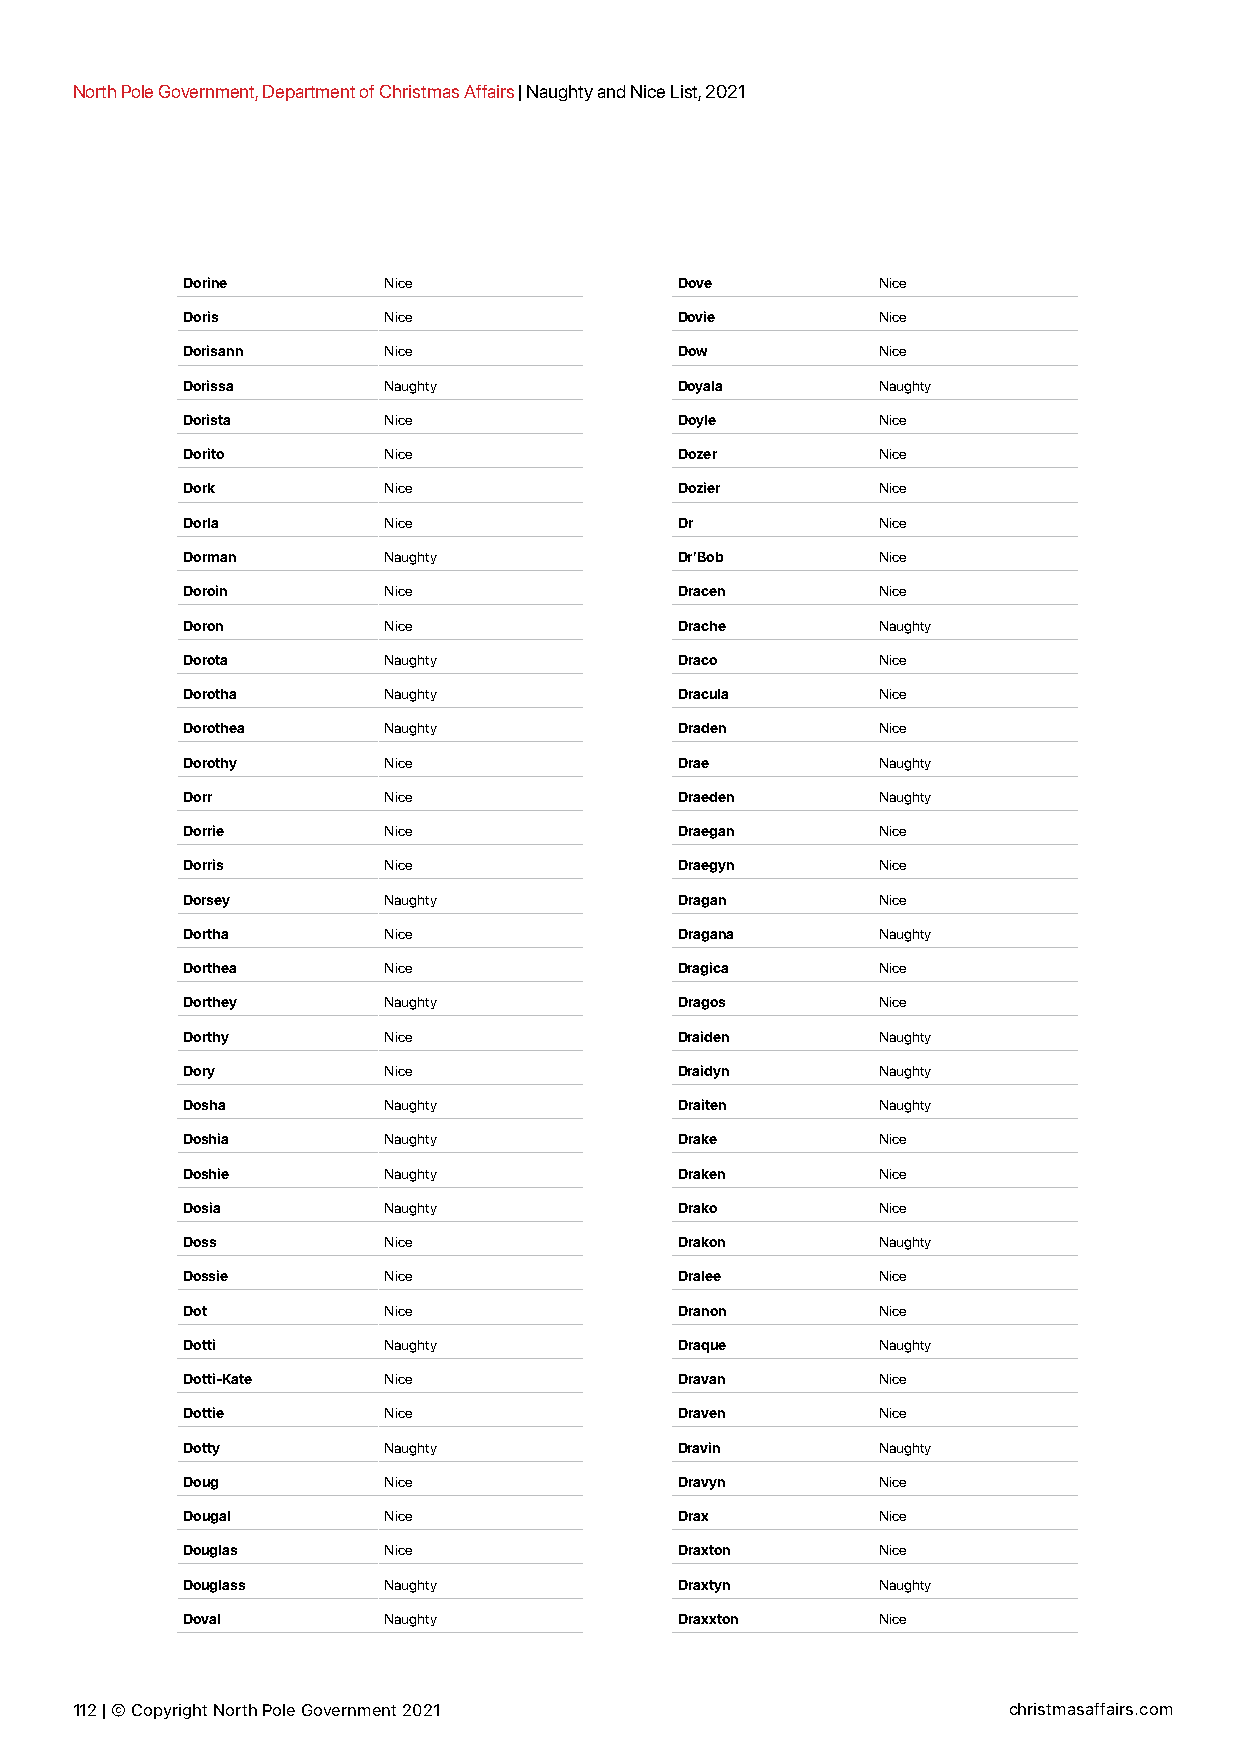
North Pole Government, Department of Christmas Affairs | Naughty and Nice List, 2021
 Dorine       Nice                Dove         Nice
 Doris        Nice                Dovie        Nice
 Dorisann     Nice                Dow          Nice
 Dorissa      Naughty             Doyala       Naughty
 Dorista      Nice                Doyle        Nice
 Dorito       Nice                Dozer        Nice
 Dork         Nice                Dozier       Nice
 Dorla        Nice                Dr           Nice
 Dorman       Naughty             Dr’Bob       Nice
 Doroin       Nice                Dracen       Nice
 Doron        Nice                Drache       Naughty
 Dorota       Naughty             Draco        Nice
 Dorotha      Naughty             Dracula      Nice
 Dorothea     Naughty             Draden       Nice
 Dorothy      Nice                Drae         Naughty
 Dorr         Nice                Draeden      Naughty
 Dorrie       Nice                Draegan      Nice
 Dorris       Nice                Draegyn      Nice
 Dorsey       Naughty             Dragan       Nice
 Dortha       Nice                Dragana      Naughty
 Dorthea      Nice                Dragica      Nice
 Dorthey      Naughty             Dragos       Nice
 Dorthy       Nice                Draiden      Naughty
 Dory         Nice                Draidyn      Naughty
 Dosha        Naughty             Draiten      Naughty
 Doshia       Naughty             Drake        Nice
 Doshie       Naughty             Draken       Nice
 Dosia        Naughty             Drako        Nice
 Doss         Nice                Drakon       Naughty
 Dossie       Nice                Dralee       Nice
 Dot          Nice                Dranon       Nice
 Dotti        Naughty             Draque       Naughty
 Dotti-Kate   Nice                Dravan       Nice
 Dottie       Nice                Draven       Nice
 Dotty        Naughty             Dravin       Naughty
 Doug         Nice                Dravyn       Nice
 Dougal       Nice                Drax         Nice
 Douglas      Nice                Draxton      Nice
 Douglass     Naughty             Draxtyn      Naughty
 Doval        Naughty             Draxxton     Nice
 112 | © Copyright North Pole Government 2021                  christmasaffairs.com